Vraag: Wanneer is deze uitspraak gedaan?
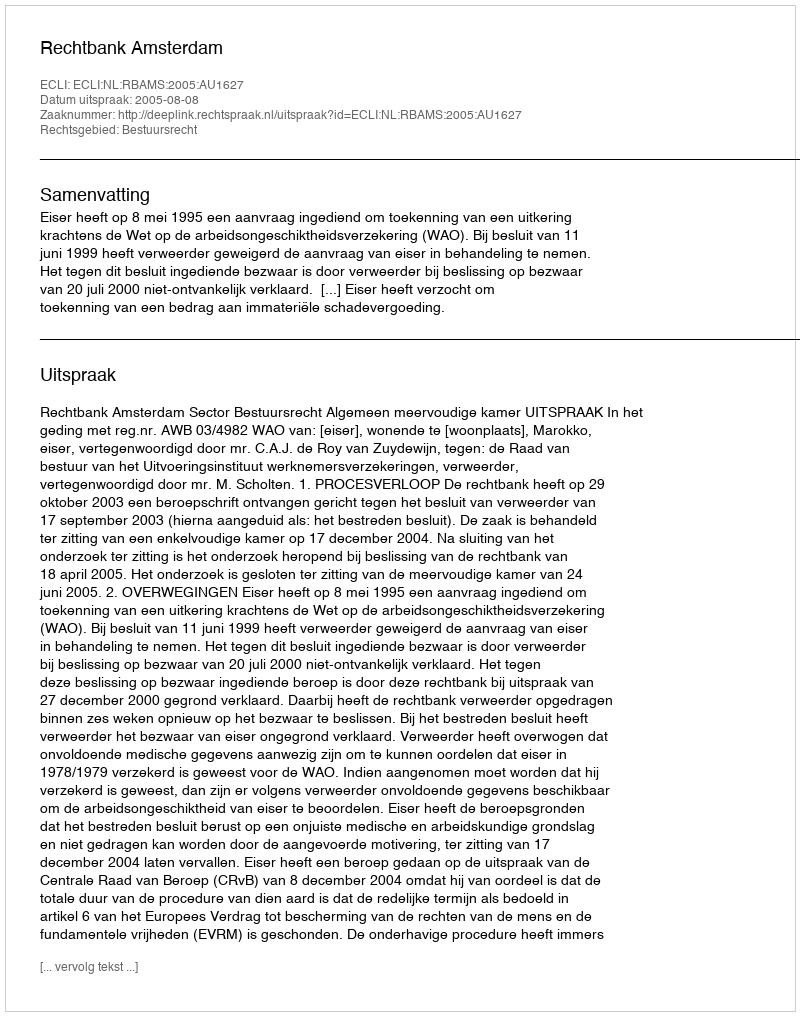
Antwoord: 2005-08-08